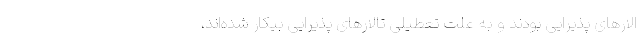
الارهای پذیرایی بودند و به علت تعطیلی تالارهای پذیرایی بیکار شده‌اند،